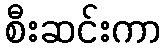
စီးဆင်းကာ